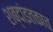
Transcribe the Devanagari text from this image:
शब्दांइतकाच